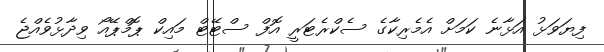
ފިޔަވަޅު އަޅާނެ ކަމަށް އެމެރިކާގެ ސެކްރެޓަރީ އޮފް ސްޓޭޓް މައިކް ޕޮމްޕޭއޯ ވިދާޅުވެއްޖެ